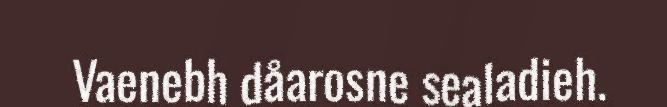
Vaenebh dåarosne sealadieh.